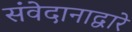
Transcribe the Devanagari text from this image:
संवेदानाद्वारे